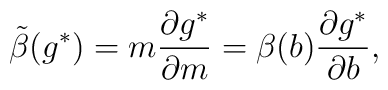
\tilde \beta (g^*)=m {\partial g^* \over \partial m}=\beta(b){\partial g^* \over \partial b},